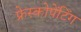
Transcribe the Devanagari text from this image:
फ्रेस्कोपेंटिंग